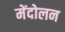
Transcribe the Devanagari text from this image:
मेंदोलन